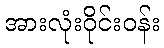
အားလုံးဝိုင်းဝန်း